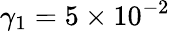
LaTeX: \gamma_{1}=5\times 10^{-2}